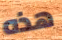
هذه